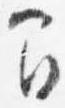
間